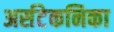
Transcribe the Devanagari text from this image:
अर्सटेकनिका